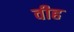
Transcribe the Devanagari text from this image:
वीह